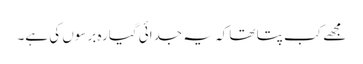
مجھے کب پتا تھا کہ یہ جدائی گیارہ برسوں کی ہے۔